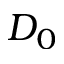
D _ { 0 }